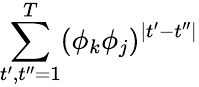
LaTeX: \sum_{t^{\prime},t^{\prime\prime}=1}^{T}(\phi_{k}\phi_{j})^{\mid t^{\prime}-t^{\prime\prime}\mid}